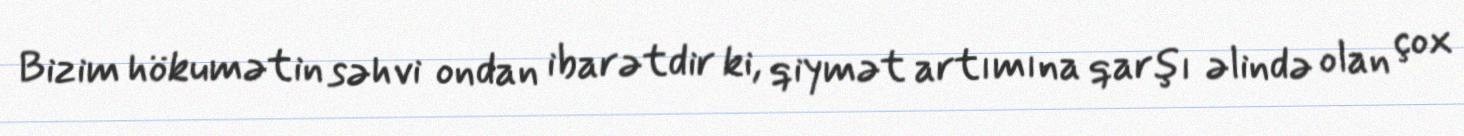
Bizim hökumətin səhvi ondan ibarətdir ki, qiymət artımına qarşı əlində olan çox